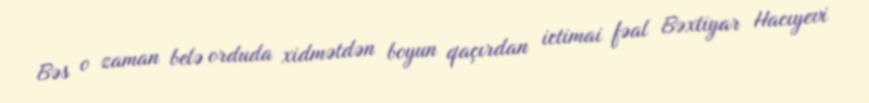
Bəs o zaman belə orduda xidmətdən boyun qaçırdan ictimai fəal Bəxtiyar Hacıyevi